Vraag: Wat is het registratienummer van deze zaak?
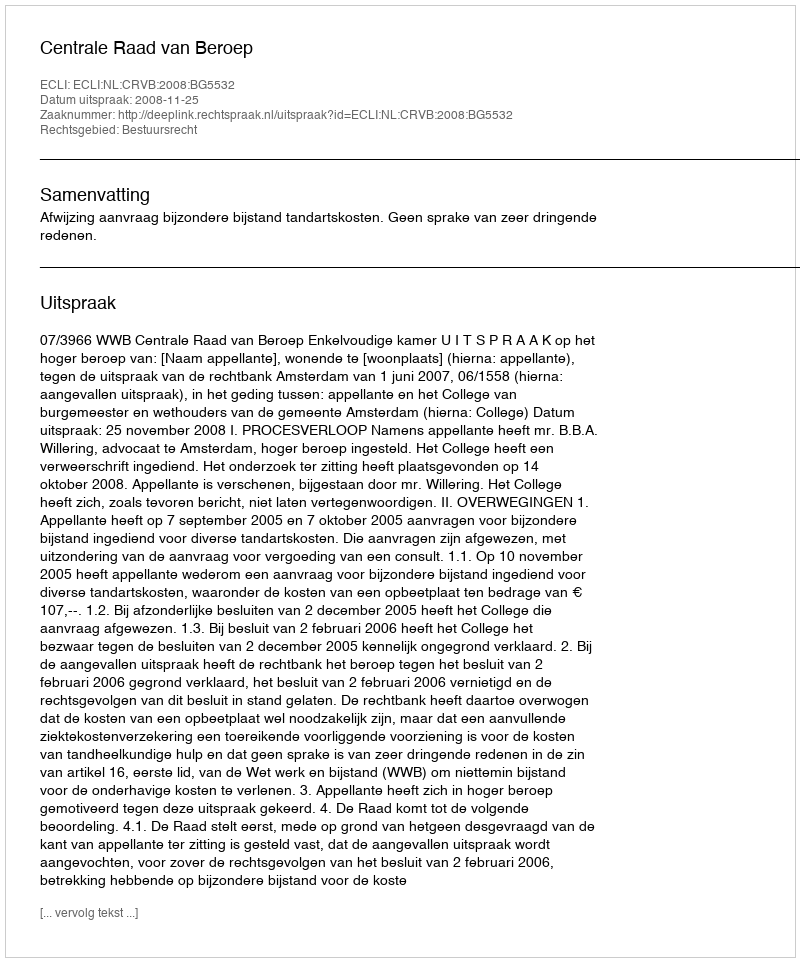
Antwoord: http://deeplink.rechtspraak.nl/uitspraak?id=ECLI:NL:CRVB:2008:BG5532